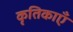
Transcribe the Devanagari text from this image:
कृतिकाएँ